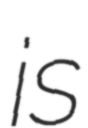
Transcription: is